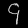
Digit: ၄